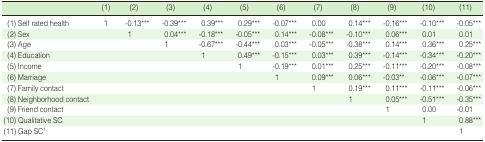
<table><thead><tr><td></td><td><b>(1)</b></td><td><b>(2)</b></td><td><b>(3)</b></td><td><b>(4)</b></td><td><b>(5)</b></td><td><b>(6)</b></td><td><b>(7)</b></td><td><b>(8)</b></td><td><b>(9)</b></td><td><b>(10)</b></td><td><b>(11)</b></td></tr></thead><tbody><tr><td>(1) Self rated health</td><td>1</td><td>-0.13<sup>***</sup></td><td>-0.39<sup>***</sup></td><td>0.39<sup>***</sup></td><td>0.29<sup>***</sup></td><td>-0.07<sup>***</sup></td><td>0.00</td><td>0.14<sup>***</sup></td><td>-0.16<sup>***</sup></td><td>-0.10<sup>***</sup></td><td>-0.05<sup>***</sup></td></tr><tr><td>(2) Sex</td><td></td><td>1</td><td>0.04<sup>***</sup></td><td>-0.18<sup>***</sup></td><td>-0.05<sup>***</sup></td><td>0.14<sup>***</sup></td><td>-0.08<sup>***</sup></td><td>-0.10<sup>***</sup></td><td>0.06<sup>***</sup></td><td>0.01</td><td>0.01</td></tr><tr><td>(3) Age</td><td></td><td></td><td>1</td><td>-0.67<sup>***</sup></td><td>-0.44<sup>***</sup></td><td>0.03<sup>***</sup></td><td>-0.05<sup>***</sup></td><td>-0.38<sup>***</sup></td><td>0.14<sup>***</sup></td><td>0.36<sup>***</sup></td><td>0.25<sup>***</sup></td></tr><tr><td>(4) Education</td><td></td><td></td><td></td><td>1</td><td>0.49<sup>***</sup></td><td>-0.15<sup>***</sup></td><td>0.03<sup>***</sup></td><td>0.39<sup>***</sup></td><td>-0.14<sup>***</sup></td><td>-0.34<sup>***</sup></td><td>-0.20<sup>***</sup></td></tr><tr><td>(5) Income</td><td></td><td></td><td></td><td></td><td>1</td><td>-0.19<sup>***</sup></td><td>0.01<sup>***</sup></td><td>0.25<sup>***</sup></td><td>-0.11<sup>***</sup></td><td>-0.20<sup>***</sup></td><td>-0.08<sup>***</sup></td></tr><tr><td>(6) Marriage</td><td></td><td></td><td></td><td></td><td></td><td>1</td><td>0.09<sup>***</sup></td><td>0.06<sup>***</sup></td><td>-0.03<sup>**</sup></td><td>-0.06<sup>***</sup></td><td>-0.07<sup>***</sup></td></tr><tr><td>(7) Family contact</td><td></td><td></td><td></td><td></td><td></td><td></td><td>1</td><td>0.19<sup>***</sup></td><td>0.11<sup>***</sup></td><td>-0.11<sup>***</sup></td><td>-0.06<sup>***</sup></td></tr><tr><td>(8) Neighborhood contact</td><td></td><td></td><td></td><td></td><td></td><td></td><td></td><td>1</td><td>0.05<sup>***</sup></td><td>-0.51<sup>***</sup></td><td>-0.35<sup>***</sup></td></tr><tr><td>(9) Friend contact</td><td></td><td></td><td></td><td></td><td></td><td></td><td></td><td></td><td>1</td><td>0.00</td><td>-0.01</td></tr><tr><td>(10) Qualitative SC</td><td></td><td></td><td></td><td></td><td></td><td></td><td></td><td></td><td></td><td>1</td><td>0.88<sup>***</sup></td></tr><tr><td>(11) Gap SC<sup>1</sup></td><td></td><td></td><td></td><td></td><td></td><td></td><td></td><td></td><td></td><td></td><td>1</td></tr></tbody></table>